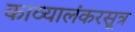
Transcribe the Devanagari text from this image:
काव्यालंकरसूत्र